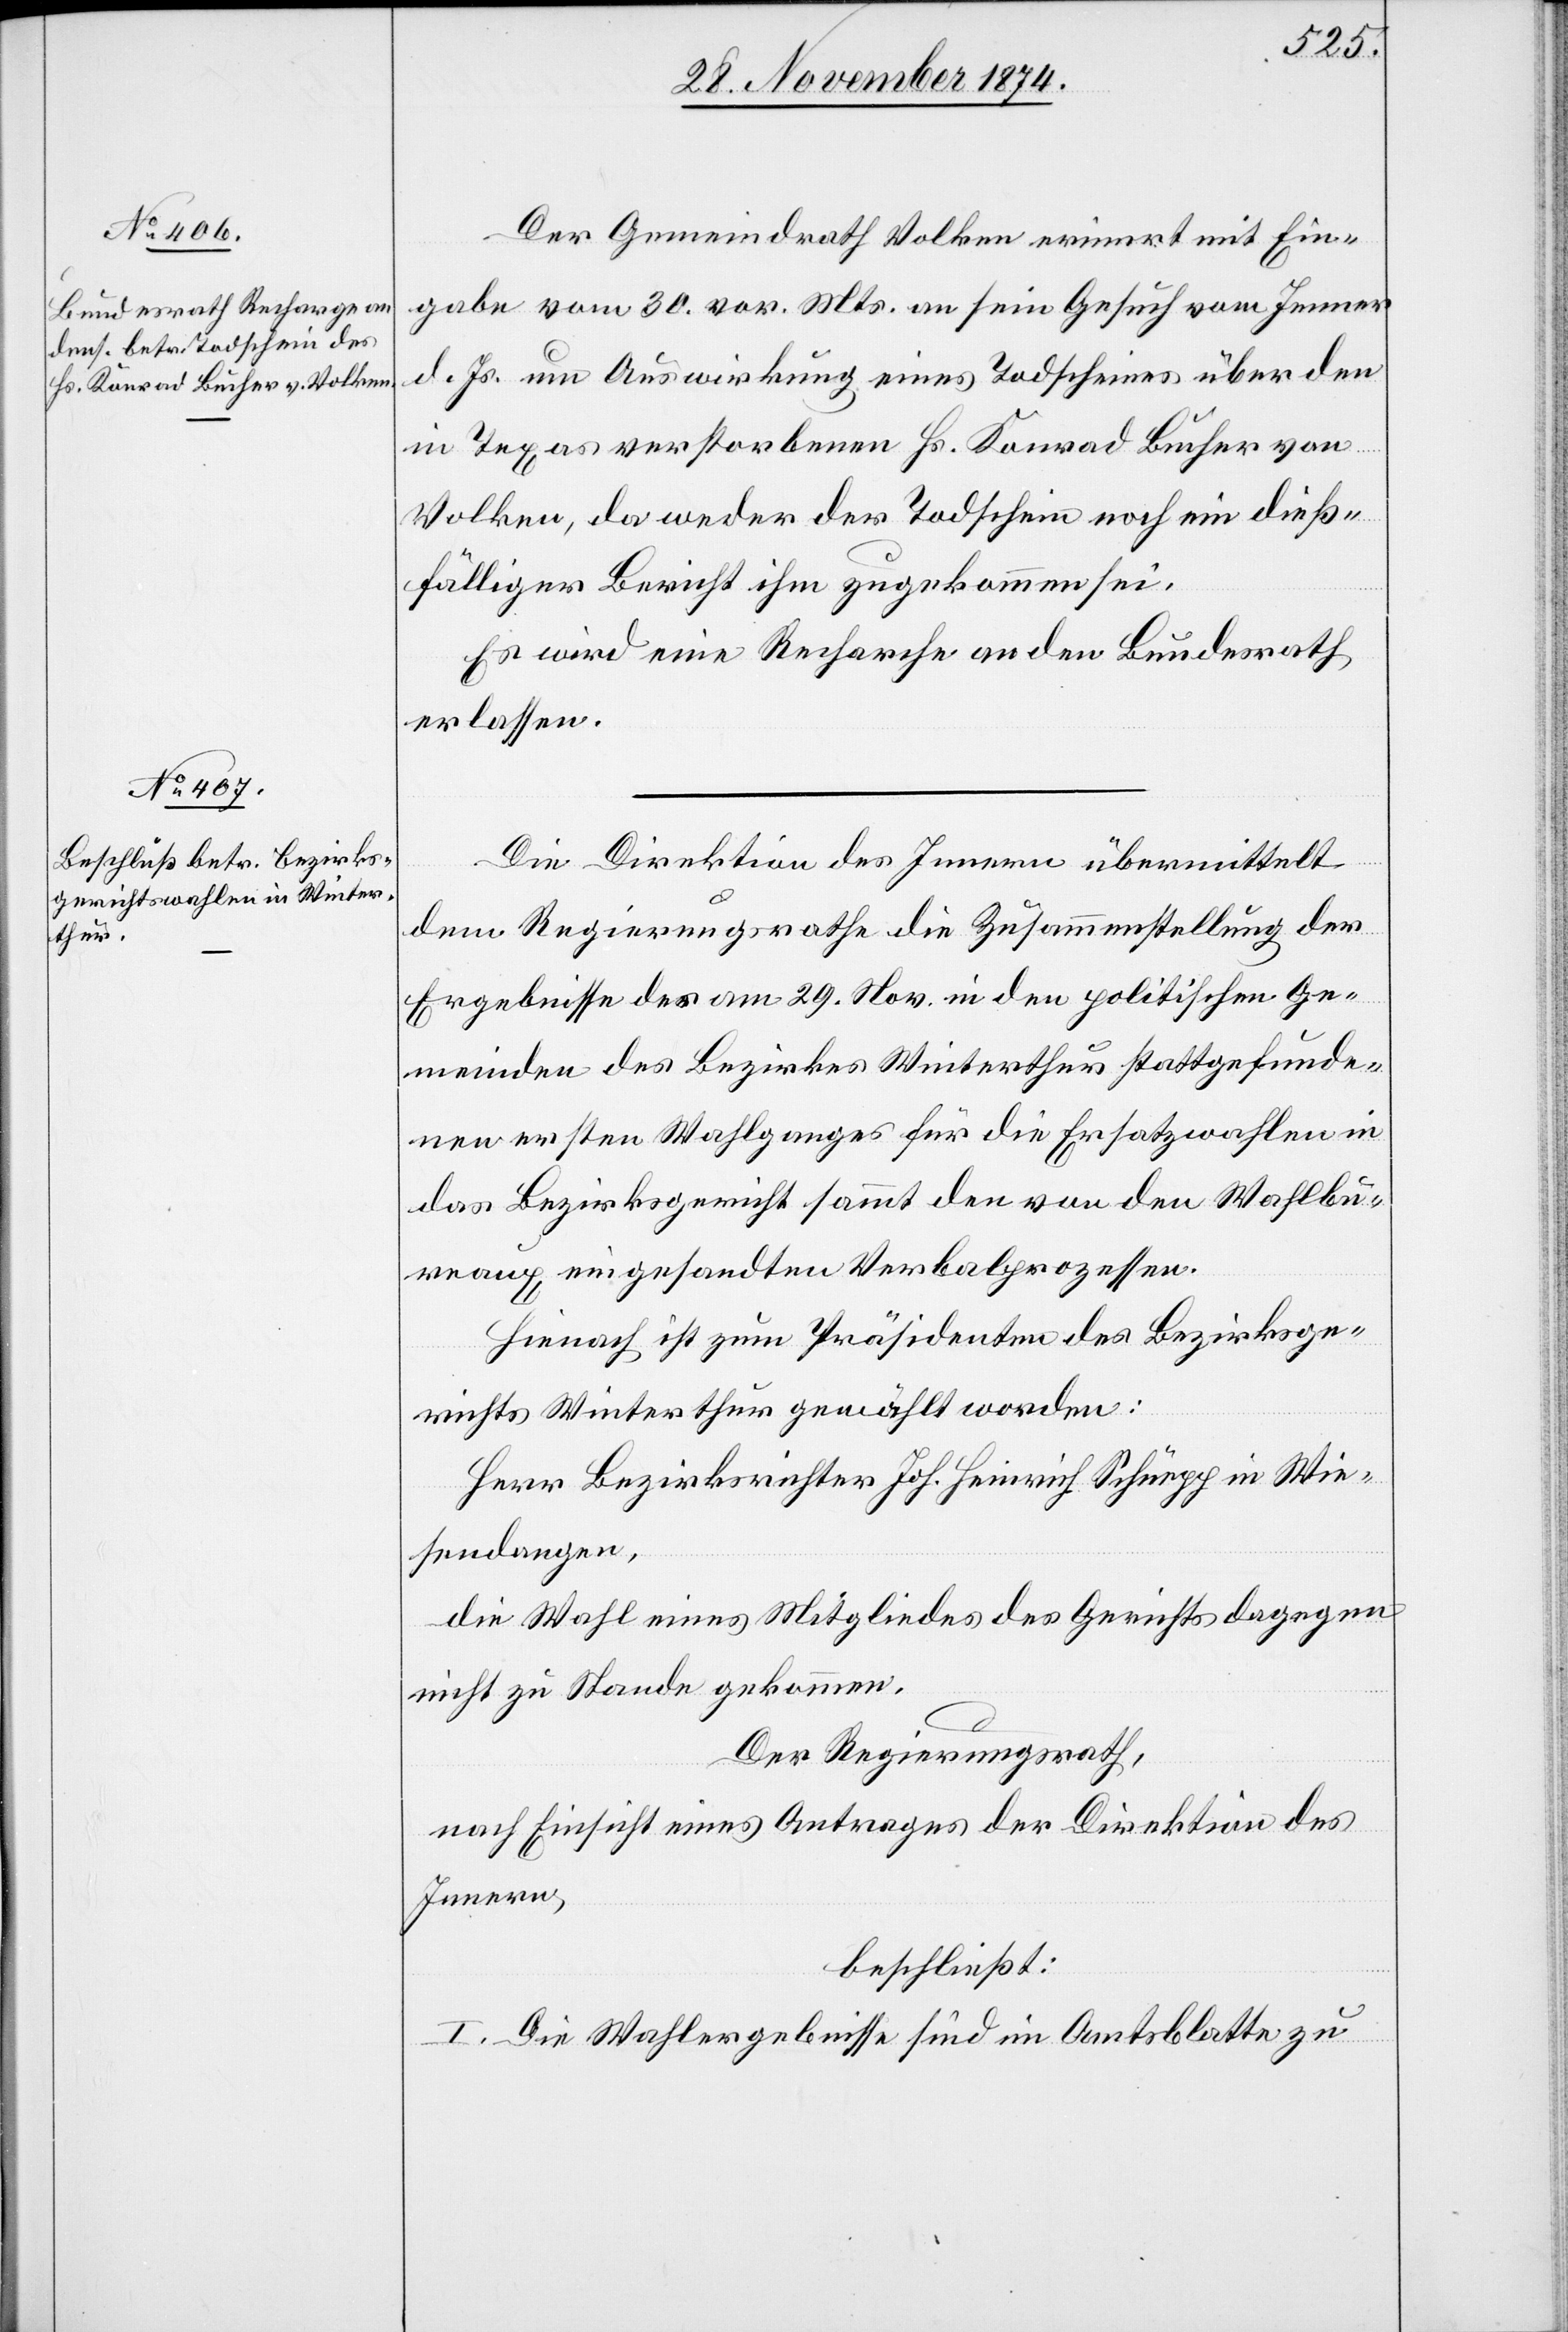
1. December 1874.]
Der Gemeindrath Volken erinnert mit Ein¬
gabe vom 30. vor. Mts. an sein Gesuch vom Jenner
d. Js. um Auswirkung eines Todscheines über den
in Texas verstorbenen Hs. Konrad Bucher von
Volken, da weder der Todschein noch ein dieß¬
fälliger Bericht ihm zugekommen sei.
Es wird eine Recharge an den Bundesrath
erlassen.
Die Direktion des Innern übermittelt
dem Regierungsrathe die Zusammenstellung der
Ergebnisse des am 29. Nov. in den politischen Ge¬
meinden des Bezirkes Winterthur stattgefunde¬
nen ersten Wahlganges für die Ersatzwahlen in
das Bezirksgericht sammt den von den Wahlbu¬
reaux eingesandten Verbalprozessen.
Hienach ist zum Präsidenten des Bezirksge¬
richts Winterthur gewählt worden:
Herr Bezirksrichter Joh. Heinrich Schüepp in Wie¬
sendangen,
die Wahl eines Mitgliedes des Gerichts dagegen
nicht zu Stande gekommen.
Der Regierungsrath,
nach Einsicht eines Antrages der Direktion des
Innern,
beschließt:
I. Die Wahlergebnisse sind im Amtsblatte zu